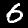
Label: 6